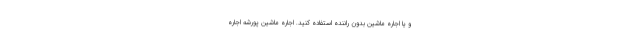
و یا اجاره ماشین بدون راننده استفاده کنید. اجاره ماشین پورشه اجاره